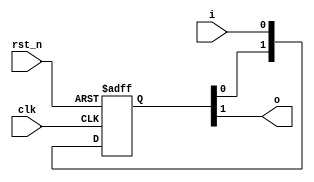
module hazard3_sync_1bit #(
	parameter N_STAGES = 2 // Should be >=2
) (
	input wire clk,
	input wire rst_n,
	input wire i,
	output wire o
);

`HAZARD3_REG_KEEP_ATTRIBUTE reg [N_STAGES-1:0] sync_flops;

always @ (posedge clk or negedge rst_n)
	if (!rst_n)
		sync_flops <= {N_STAGES{1'b0}};
	else
		sync_flops <= {sync_flops[N_STAGES-2:0], i};

assign o = sync_flops[N_STAGES-1];

endmodule